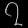
Digit: ၇